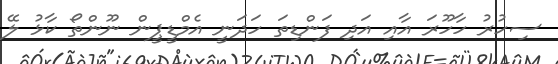
ސިހުރު ހާހޫރަ އާއި އަދި ފަންޑިތަ ހަދަނީ އެމްޑީޕީން ނޫންތޯ ކާޅު ލޭ